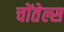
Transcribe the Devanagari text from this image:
चोंतेल्स